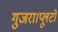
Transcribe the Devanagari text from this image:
गुजरा।प्लूटो